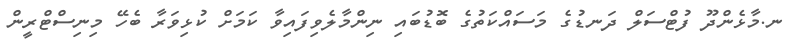
ނ.މާޅެންދޫ ފުޓްސަލް ދަނޑުގެ މަސައްކަތުގެ ބޮޑުބައި ނިންމާލެވިފައިވާ ކަމަށް ކުޅިވަރާ ބެހޭ މިނިސްޓްރީން